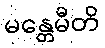
မန္တေမီတိ